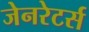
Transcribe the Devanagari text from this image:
जेनरेटर्स